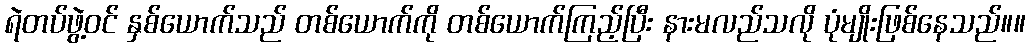
ရဲတပ်ဖွဲ့ဝင် နှစ်ယောက်သည် တစ်ယောက်ကို တစ်ယောက်ကြည့်ပြီး နားမလည်သလို ပုံမျိုးဖြစ်နေသည်။။